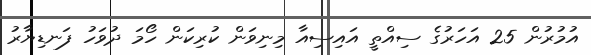
އުމުރުން 25 އަހަރުގެ ސިއްތީ އައިސިއާ މިނިވަން ކުރިކަން ހޯމަ ދުވަހު ފަނޑިޔާރު